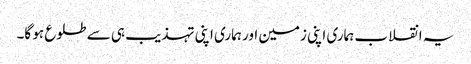
یہ انقلاب ہماری اپنی زمین اور ہماری اپنی تہذیب ہی سے طلوع ہو گا۔